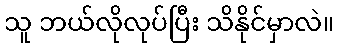
သူ ဘယ်လိုလုပ်ပြီး သိနိုင်မှာလဲ။